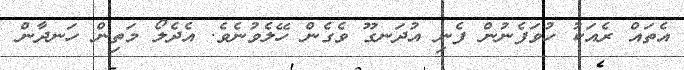
އެތައް ރެއަކު ހުވަފެނުން ފެނި އުދަނގޫ ވެގެން ހޭލެވުނެވެ. އެދެލޯ މަތިން ހަނދާން